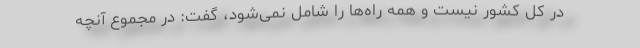
در کل کشور نیست و همه‌ راه‌ها را شامل نمی‌شود، گفت: در مجموع آنچه